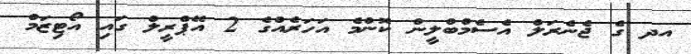
އދ ގެ ޖެނެރަލް އެސެމްބްލީން ކޮންމެ އަހަރެއްގެ 2 އޭޕްރީލް ގައި އޯޓިޒަމް